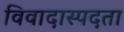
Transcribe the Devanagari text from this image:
विवादास्पदता